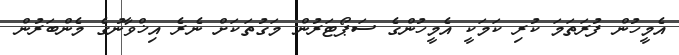
އެމީހުން ފުރަތަމަ ކުރި ކަމަކީ އެމީހުންގެ ސަޕޯޓަރުން މަގުތަކަށް ނެރެ އިޚްވާނުގެ މެންބަރުން